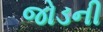
જોડની